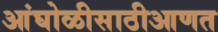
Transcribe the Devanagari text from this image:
आंघोळीसाठीआणत